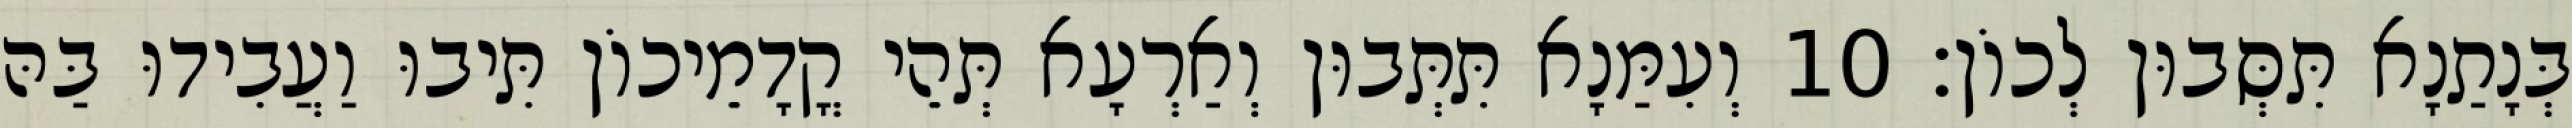
בְּנָתַנָא תִּסְּבוּן לְכוֹן׃ 10 וְעִמַּנָא תִּתְּבוּן וְאַרְעָא תְּהֵי קֳדָמֵיכוֹן תִּיבוּ וַעֲבִידוּ בַּהּ